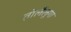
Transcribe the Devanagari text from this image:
तोलैंलूगा